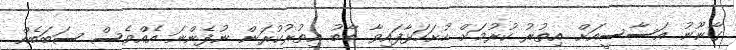
ގާނޫނު އަސާސީއަށް އިތުރު ކުރުމަށް ހުށަހަޅާފައިވާ ބާބު އިތުރުކުރަން ނުފެންނަ އެއްވެސް ސަބަބެއް